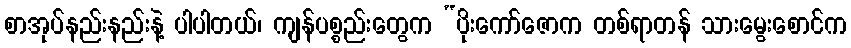
စာအုပ်နည်းနည်းနဲ့ ပါပါတယ်၊ ကျန်ပစ္စည်းတွေက “ပိုးကော်ဇောက တစ်ရာတန် သားမွေးစောင်က